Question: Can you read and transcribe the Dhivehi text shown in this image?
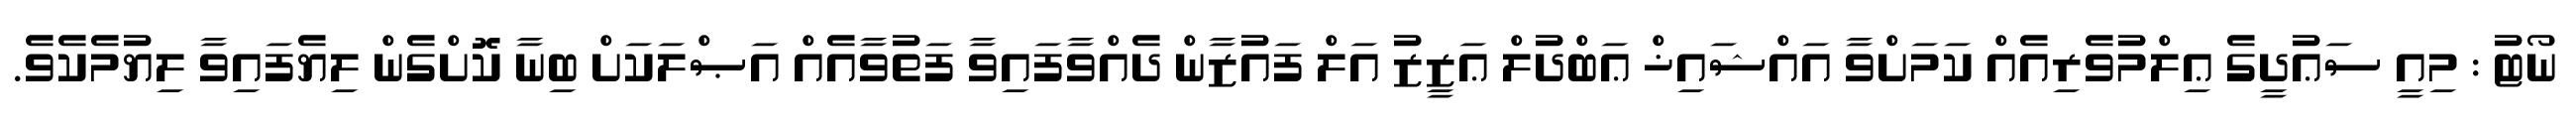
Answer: ނޯޓު : މިއީ ސަޢުދީގެ ޢިލްމުވެރިއެއް ކަމަށްވާ އައްޝައިޚް ޢަބްދުލް ޢަޒީޒު އަލް ފައުޒާން ދެއްވާފައިވާ ފަތުވާއެއް އަޞްލަކަށް ބިނާ ކޮށްގެން ލިޔެފައިވާ ލިޔުމެކެވެ.